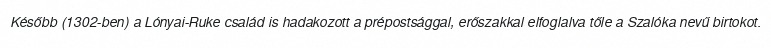
Később (1302-ben) a Lónyai-Ruke család is hadakozott a prépostsággal, erőszakkal elfoglalva tőle a Szalóka nevű birtokot.